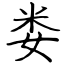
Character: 娄